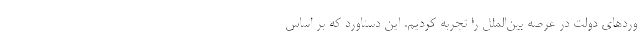
وردهای دولت در عرصه بین‌الملل را تجربه کردیم. این دستاورد که بر اساس